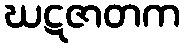
ဃဋဇာတက